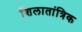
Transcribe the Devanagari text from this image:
शिलातांत्रिक